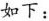
如下：